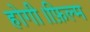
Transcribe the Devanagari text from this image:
होगी।फ़िल्म